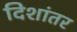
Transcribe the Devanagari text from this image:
दिशांतर